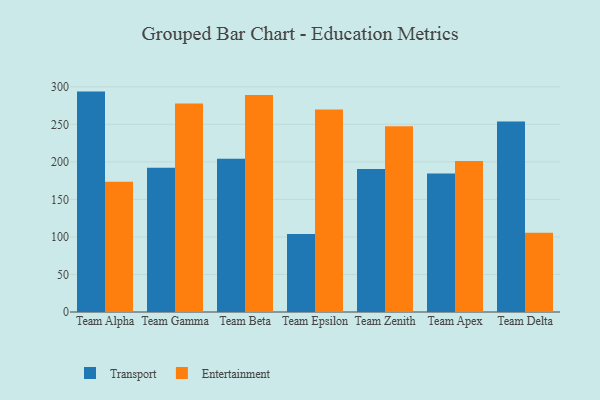
{"axis": {"x": "Team", "y": "Customer Acquisition Cost (USD)"}, "legend": ["Entertainment", "Transport"], "data": [{"x": "Team Alpha", "y": 293.6, "type": "Transport"}, {"x": "Team Alpha", "y": 173.4, "type": "Entertainment"}, {"x": "Team Gamma", "y": 192.2, "type": "Transport"}, {"x": "Team Gamma", "y": 277.9, "type": "Entertainment"}, {"x": "Team Beta", "y": 204.0, "type": "Transport"}, {"x": "Team Beta", "y": 289.0, "type": "Entertainment"}, {"x": "Team Epsilon", "y": 103.9, "type": "Transport"}, {"x": "Team Epsilon", "y": 269.6, "type": "Entertainment"}, {"x": "Team Zenith", "y": 190.5, "type": "Transport"}, {"x": "Team Zenith", "y": 247.5, "type": "Entertainment"}, {"x": "Team Apex", "y": 184.5, "type": "Transport"}, {"x": "Team Apex", "y": 201.3, "type": "Entertainment"}, {"x": "Team Delta", "y": 253.8, "type": "Transport"}, {"x": "Team Delta", "y": 105.6, "type": "Entertainment"}]}